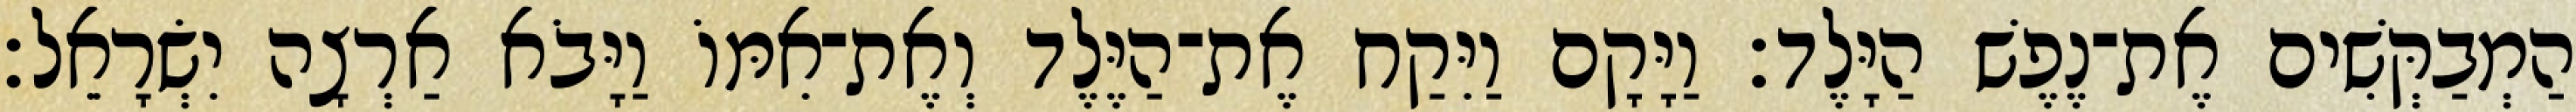
הַמְבַקְּשִׁים אֶת־נֶפֶשׁ הַיָּלֶד׃ וַיָּקָם וַיִּקַח אֶת־הַיֶּלֶד וְאֶת־אִמּוֹ וַיָּבֹא אַרְצָה יִשְׂרָאֵל׃